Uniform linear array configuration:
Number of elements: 8
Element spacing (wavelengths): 1
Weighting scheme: exponential
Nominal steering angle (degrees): -45
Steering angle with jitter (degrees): -46.836
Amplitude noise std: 0.05
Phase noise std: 0.05

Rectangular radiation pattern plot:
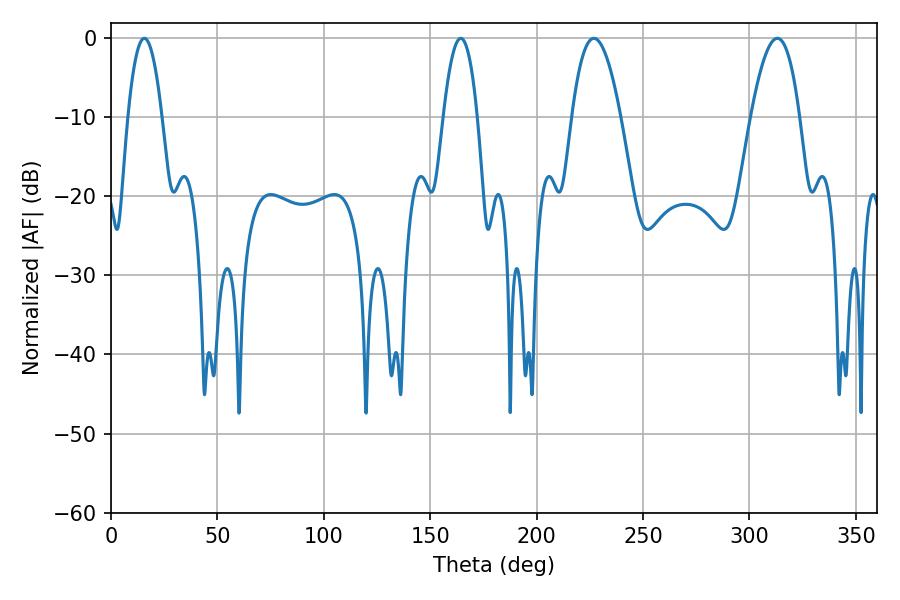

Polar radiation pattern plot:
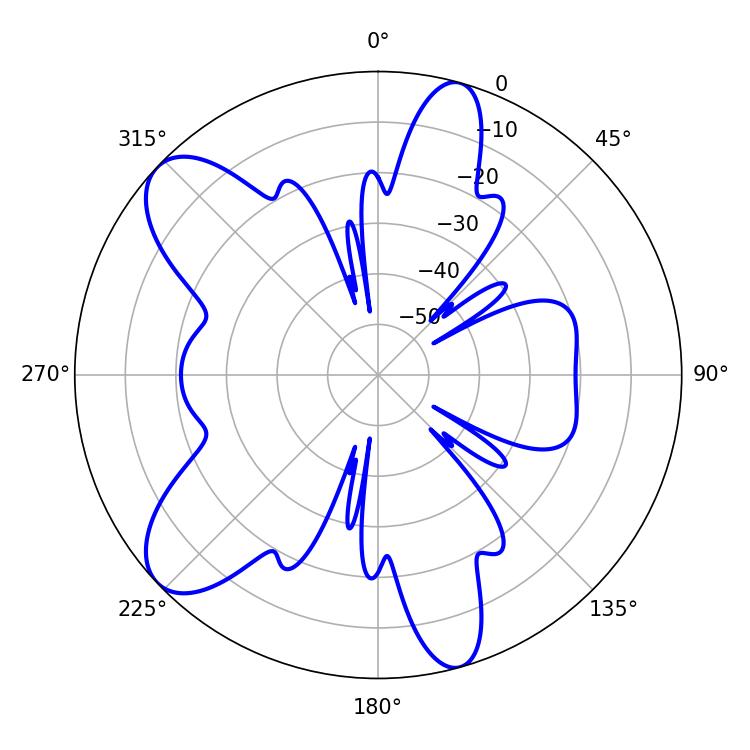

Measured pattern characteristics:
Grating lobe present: TRUE
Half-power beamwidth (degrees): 8.82
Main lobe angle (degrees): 15.66